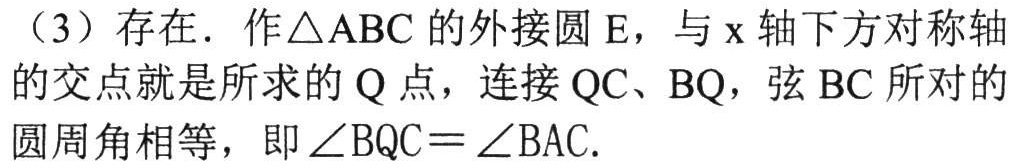
（3）存在．作\(\triangle ABC\)的外接圆\(E\)，与\(x\)轴下方对称轴的交点就是所求的\(Q\)点，连接\(QC\)、\(BQ\)，弦\(BC\)所对的圆周角相等，即\(\angle BQC=\angle BAC\).